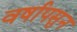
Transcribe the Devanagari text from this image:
वर्षापसुन